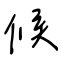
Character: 候